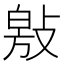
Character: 𭤁